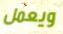
ويعمل